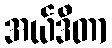
အယ်ဒီတာ